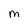
Character: m